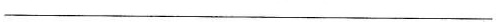
___